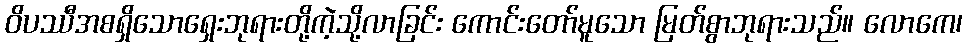
ဝိပဿီအစရှိသောရှေးဘုရားတို့ကဲ့သို့လာခြင်း ကောင်းတော်မူသော မြတ်စွာဘုရားသည်။ လောကေ၊